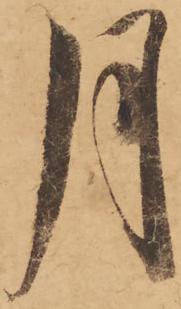
月